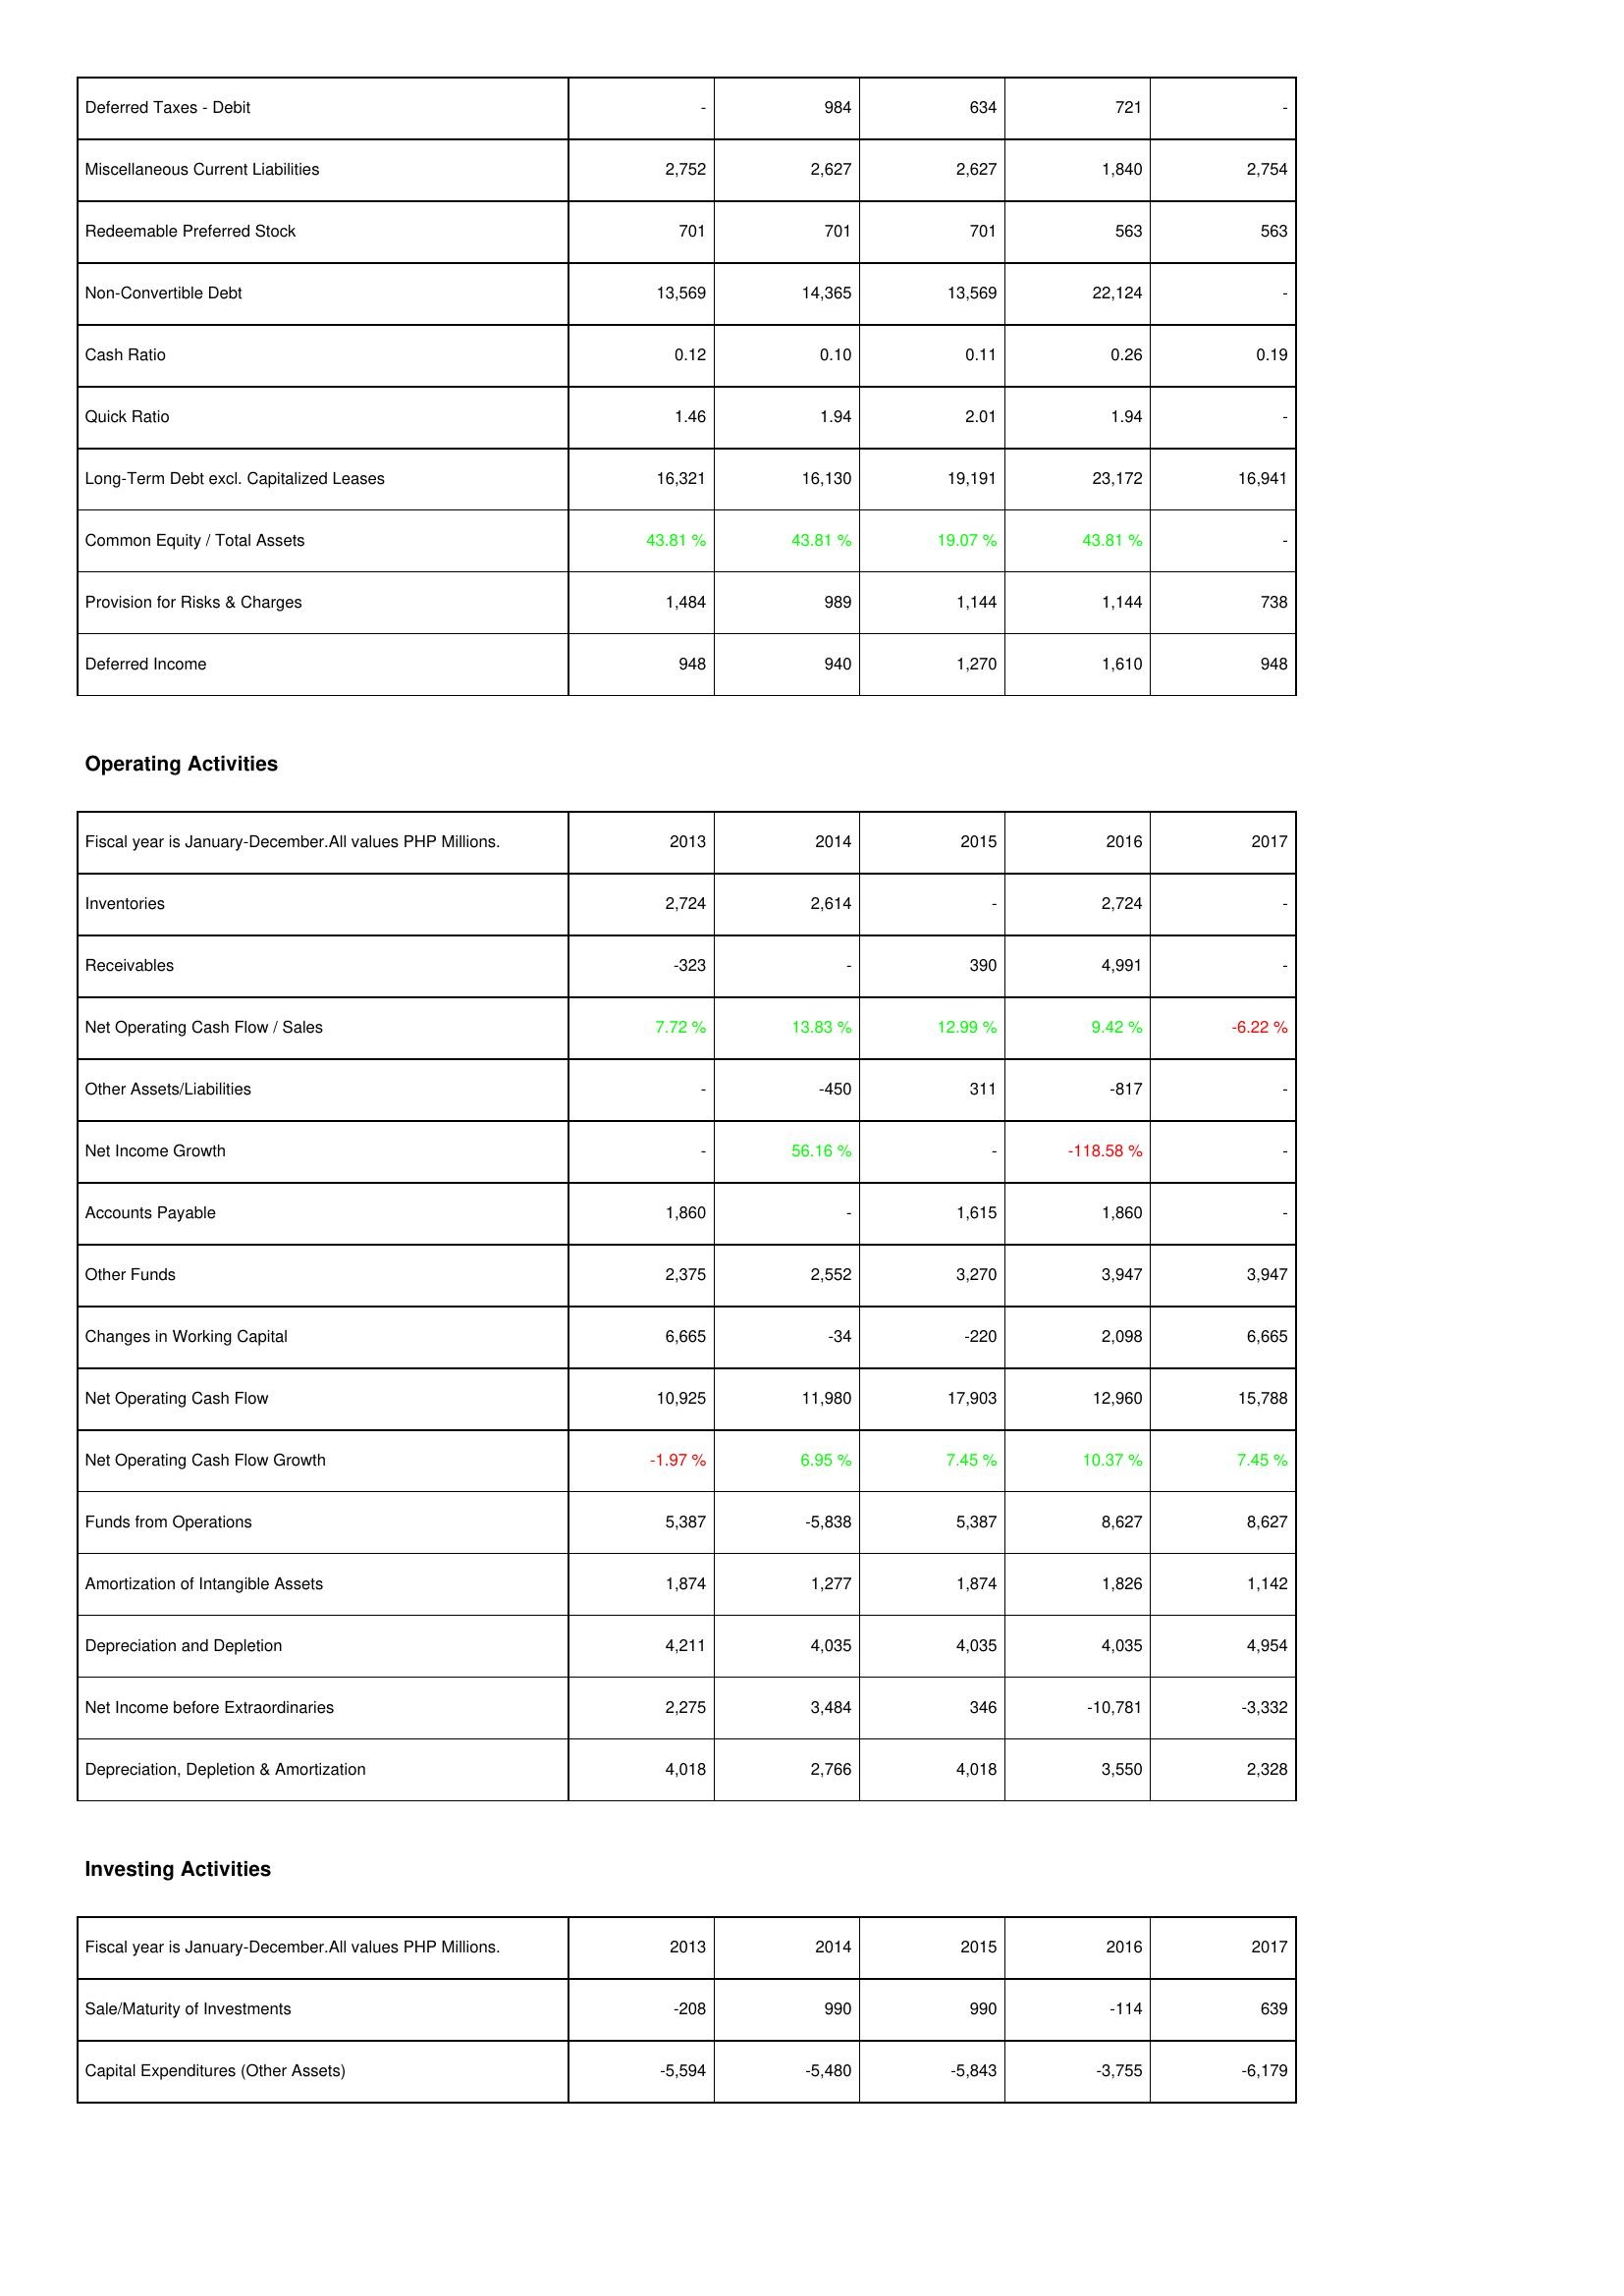
2013: Liabilities & Shareholders' Equity: Deferred Taxes - Debit: -
Miscellaneous Current Liabilities: 2,752
Redeemable Preferred Stock: 701
Non-Convertible Debt: 13,569
Cash Ratio: 0.12
Quick Ratio: 1.46
Long-Term Debt excl. Capitalized Leases: 16,321
Common Equity / Total Assets: 43.81 %
Provision for Risks & Charges: 1,484
Deferred Income: 948
Operating Activities: Inventories: 2,724
Receivables: -323
Net Operating Cash Flow / Sales: 7.72 %
Other Assets/Liabilities: -
Net Income Growth: -
Accounts Payable: 1,860
Other Funds: 2,375
Changes in Working Capital: 6,665
Net Operating Cash Flow: 10,925
Net Operating Cash Flow Growth: -1.97 %
Funds from Operations: 5,387
Amortization of Intangible Assets: 1,874
Depreciation and Depletion: 4,211
Net Income before Extraordinaries: 2,275
Depreciation, Depletion & Amortization: 4,018
Investing Activities: Sale/Maturity of Investments: -208
Capital Expenditures (Other Assets): -5,594
2014: Liabilities & Shareholders' Equity: Deferred Taxes - Debit: 984
Miscellaneous Current Liabilities: 2,627
Redeemable Preferred Stock: 701
Non-Convertible Debt: 14,365
Cash Ratio: 0.10
Quick Ratio: 1.94
Long-Term Debt excl. Capitalized Leases: 16,130
Common Equity / Total Assets: 43.81 %
Provision for Risks & Charges: 989
Deferred Income: 940
Operating Activities: Inventories: 2,614
Receivables: -
Net Operating Cash Flow / Sales: 13.83 %
Other Assets/Liabilities: -450
Net Income Growth: 56.16 %
Accounts Payable: -
Other Funds: 2,552
Changes in Working Capital: -34
Net Operating Cash Flow: 11,980
Net Operating Cash Flow Growth: 6.95 %
Funds from Operations: -5,838
Amortization of Intangible Assets: 1,277
Depreciation and Depletion: 4,035
Net Income before Extraordinaries: 3,484
Depreciation, Depletion & Amortization: 2,766
Investing Activities: Sale/Maturity of Investments: 990
Capital Expenditures (Other Assets): -5,480
2015: Liabilities & Shareholders' Equity: Deferred Taxes - Debit: 634
Miscellaneous Current Liabilities: 2,627
Redeemable Preferred Stock: 701
Non-Convertible Debt: 13,569
Cash Ratio: 0.11
Quick Ratio: 2.01
Long-Term Debt excl. Capitalized Leases: 19,191
Common Equity / Total Assets: 19.07 %
Provision for Risks & Charges: 1,144
Deferred Income: 1,270
Operating Activities: Inventories: -
Receivables: 390
Net Operating Cash Flow / Sales: 12.99 %
Other Assets/Liabilities: 311
Net Income Growth: -
Accounts Payable: 1,615
Other Funds: 3,270
Changes in Working Capital: -220
Net Operating Cash Flow: 17,903
Net Operating Cash Flow Growth: 7.45 %
Funds from Operations: 5,387
Amortization of Intangible Assets: 1,874
Depreciation and Depletion: 4,035
Net Income before Extraordinaries: 346
Depreciation, Depletion & Amortization: 4,018
Investing Activities: Sale/Maturity of Investments: 990
Capital Expenditures (Other Assets): -5,843
2016: Liabilities & Shareholders' Equity: Deferred Taxes - Debit: 721
Miscellaneous Current Liabilities: 1,840
Redeemable Preferred Stock: 563
Non-Convertible Debt: 22,124
Cash Ratio: 0.26
Quick Ratio: 1.94
Long-Term Debt excl. Capitalized Leases: 23,172
Common Equity / Total Assets: 43.81 %
Provision for Risks & Charges: 1,144
Deferred Income: 1,610
Operating Activities: Inventories: 2,724
Receivables: 4,991
Net Operating Cash Flow / Sales: 9.42 %
Other Assets/Liabilities: -817
Net Income Growth: -118.58 %
Accounts Payable: 1,860
Other Funds: 3,947
Changes in Working Capital: 2,098
Net Operating Cash Flow: 12,960
Net Operating Cash Flow Growth: 10.37 %
Funds from Operations: 8,627
Amortization of Intangible Assets: 1,826
Depreciation and Depletion: 4,035
Net Income before Extraordinaries: -10,781
Depreciation, Depletion & Amortization: 3,550
Investing Activities: Sale/Maturity of Investments: -114
Capital Expenditures (Other Assets): -3,755
2017: Liabilities & Shareholders' Equity: Deferred Taxes - Debit: -
Miscellaneous Current Liabilities: 2,754
Redeemable Preferred Stock: 563
Non-Convertible Debt: -
Cash Ratio: 0.19
Quick Ratio: -
Long-Term Debt excl. Capitalized Leases: 16,941
Common Equity / Total Assets: -
Provision for Risks & Charges: 738
Deferred Income: 948
Operating Activities: Inventories: -
Receivables: -
Net Operating Cash Flow / Sales: -6.22 %
Other Assets/Liabilities: -
Net Income Growth: -
Accounts Payable: -
Other Funds: 3,947
Changes in Working Capital: 6,665
Net Operating Cash Flow: 15,788
Net Operating Cash Flow Growth: 7.45 %
Funds from Operations: 8,627
Amortization of Intangible Assets: 1,142
Depreciation and Depletion: 4,954
Net Income before Extraordinaries: -3,332
Depreciation, Depletion & Amortization: 2,328
Investing Activities: Sale/Maturity of Investments: 639
Capital Expenditures (Other Assets): -6,179